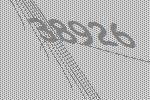
38926